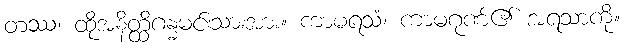
တဿ၊ ထိုအနိတ္ထိဂန္ဓမင်းသားအား။ ကာမရသံ၊ ကာမဂုဏ်၏ အရသာကို။